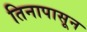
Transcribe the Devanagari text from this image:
तिनापासून